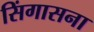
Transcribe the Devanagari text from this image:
सिंगासना